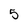
Character: 5